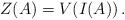
\begin{align*}Z(A)=V(I(A))\,.\end{align*}